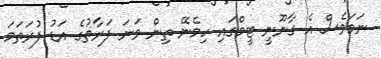
ނަމަވެސް އެ ގާނޫނީ ޓީމްގައި ހިމެނޭ ތިން ވަނަ ފަރާތުގެ އަޑު ފުރަތަމަ